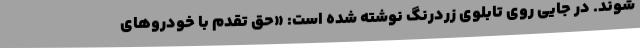
‌شوند. در جایی روی تابلوی زردرنگ نوشته شده است: «حق تقدم با خودروهای